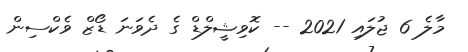
މާލެ 6 ޖުލައި 2021 -- ކޮވިޝީލްޑް ގެ ދެވަނަ ޑޯޒް ވެކްސިން